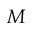
M